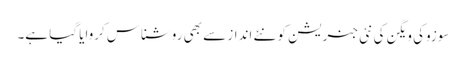
سوزوکی ویگن کی نئی جنریشن کو نئے انداز سے بھی روشناس کروایا گیا ہے۔